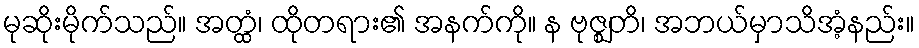
မုဆိုးမိုက်သည်။ အတ္ထံ၊ ထိုတရား၏ အနက်ကို။ န ဗုဇ္ဈတိ၊ အဘယ်မှာသိအံ့နည်း။